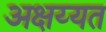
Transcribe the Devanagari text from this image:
अक्षय्यत